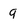
Character: q